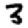
Digit: 3